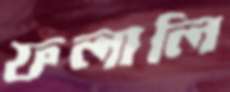
ফলালি